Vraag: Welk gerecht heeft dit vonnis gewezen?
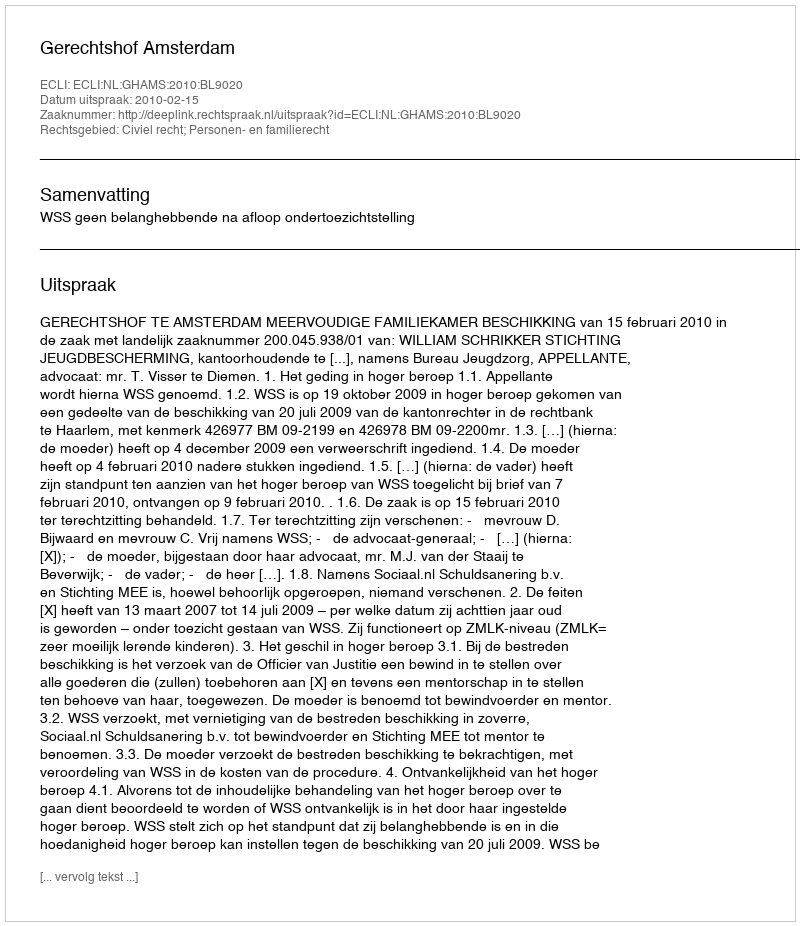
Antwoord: Gerechtshof Amsterdam